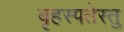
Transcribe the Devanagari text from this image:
बृहस्पतेस्तु